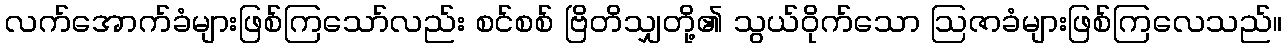
လက်အောက်ခံများဖြစ်ကြသော်လည်း စင်စစ် ဗြိတိသျှတို့၏ သွယ်ဝိုက်သော ဩဇာခံများဖြစ်ကြလေသည်။